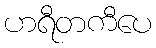
ဟရီတကီပေ